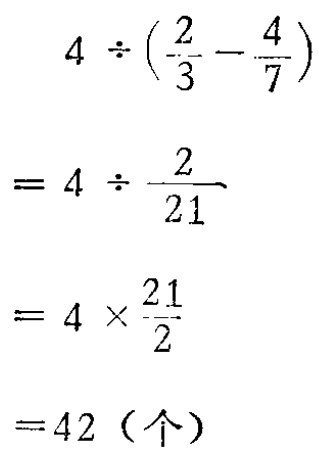
\[

\begin{align*}

&4\div(\frac{2}{3}-\frac{4}{7})\\

=&4\div\frac{2}{21}\\

=&4\times\frac{21}{2}\\

=&42（个）

\end{align*}

\]